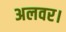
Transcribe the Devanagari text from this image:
अलवर।